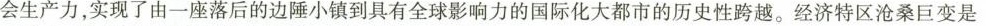
会生产力，实现了由一座落后的边陲小镇到具有全球影响力的国际化大都市的历史性跨越。经济特区沧桑巨变是